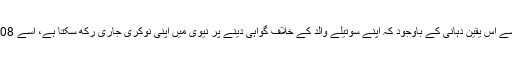
ناصر کا کہنا ہے کہ گو کہ جرمن نیوی کی جانب سے اس یقین دہانی کے باوجود کہ اپنے سوتیلے والد کے خلاف گواہی دینے پر نیوی میں اپنی نوکری جاری رکھ سکتا ہے، اسے 2008 ء میں پہلے معطل اور پھر برخاست کر دیا گیا۔